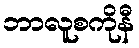
ဘာလူစကိုနီ